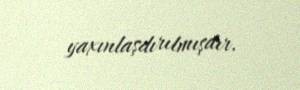
yaxınlaşdırılmışdır.